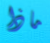
ماذا